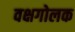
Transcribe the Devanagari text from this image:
वक्षगोलक